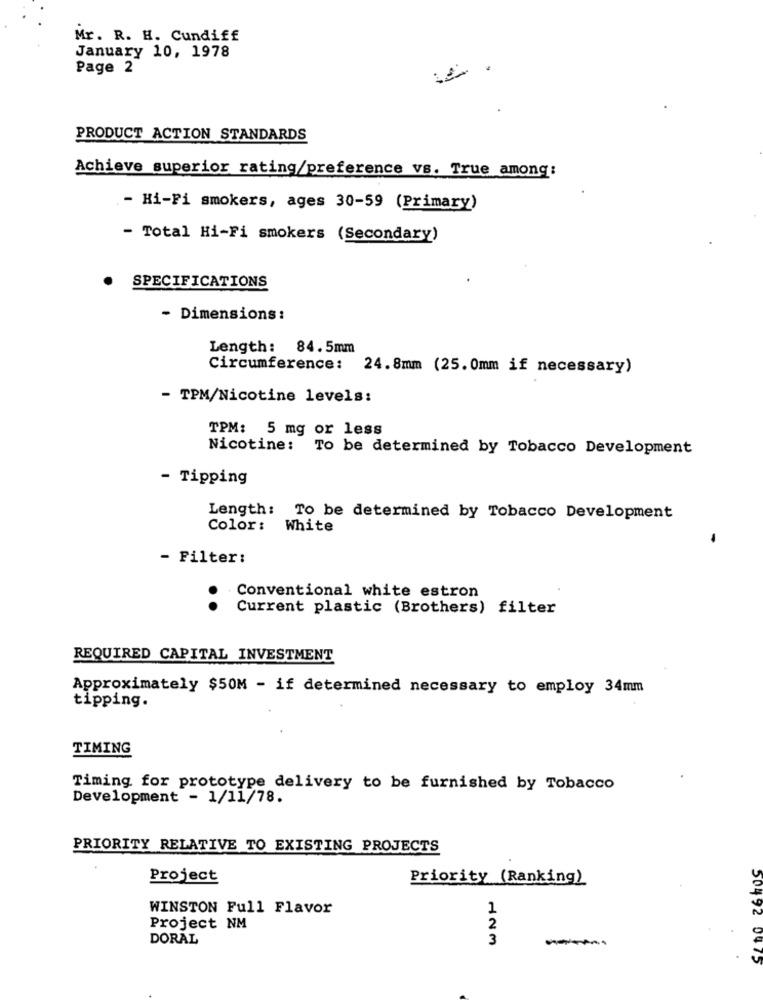
Mr. R. H. Cundiff
January 10, 1978
Page 2
PRODUCT ACTION STANDARDS
Achieve superior rating/preference vs. True among:
- Hi-Fi smokers, ages 30-59 (Primary)
- Total Hi-Fi smokers (Secondary)
SPECIFICATIONS
- Dimensions :
Length: 84.5mm
Circumference:
24.8mm (25. 0mm if necessary)
- TPM/Nicotine levels:
TPM: 5 mg or less
Nicotine: To be determined by Tobacco Development
- Tipping
Length:
To be determined by Tobacco Development
Color:
White
-
- Filter:
Conventional white estron
..
Current plastic (Brothers) filter
REQUIRED CAPITAL INVESTMENT
Approximately $50M - if determined necessary to employ 34mm
tipping.
TIMING
Timing for prototype delivery to be furnished by Tobacco
Development - 1/11/78.
PRIORITY RELATIVE TO EXISTING PROJECTS
Project
Priority (Ranking)
WINSTON Full Flavor
1
Project NM
2
DORAL
3
50492 0475